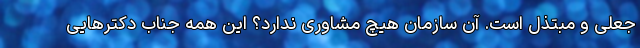
جعلی و مبتذل است. آن سازمان هیچ مشاوری ندارد؟ این همه جناب دکترهایی